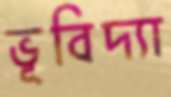
ভূবিদ্যা